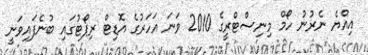
އިއްޔެ ނެރުނު ހޯމް މިނިސްޓްރީގެ 2010 ވަނަ އަހަރުގެ އޮޑިޓް ރިޕޯޓުގައި ބުނެފައިވަނީ